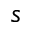
s